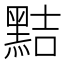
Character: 黠